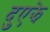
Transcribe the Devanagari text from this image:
दुएझे